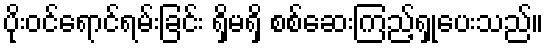
ပိုးဝင်ရောင်ရမ်းခြင်း ရှိမရှိ စစ်ဆေးကြည့်ရှုပေးသည်။